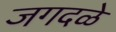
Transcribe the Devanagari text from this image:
जगदळे